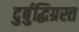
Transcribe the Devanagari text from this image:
दुर्बुद्धिग्रस्त